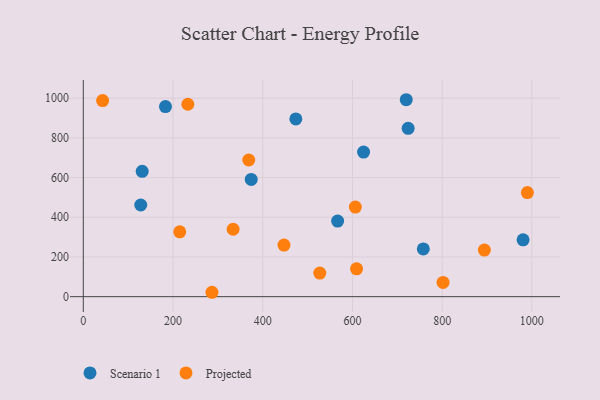
{"axis": {"x": "Ad Spend", "y": "Yield"}, "legend": ["Projected", "Scenario 1"], "data": [{"x": "724.2", "y": 848.2, "type": "Scenario 1"}, {"x": "758.0", "y": 240.4, "type": "Scenario 1"}, {"x": "624.8", "y": 728.2, "type": "Scenario 1"}, {"x": "980.4", "y": 286.2, "type": "Scenario 1"}, {"x": "128.1", "y": 461.7, "type": "Scenario 1"}, {"x": "183.2", "y": 957.6, "type": "Scenario 1"}, {"x": "719.9", "y": 992.1, "type": "Scenario 1"}, {"x": "374.4", "y": 590.5, "type": "Scenario 1"}, {"x": "473.8", "y": 895.5, "type": "Scenario 1"}, {"x": "131.3", "y": 631.3, "type": "Scenario 1"}, {"x": "567.0", "y": 380.8, "type": "Scenario 1"}, {"x": "802.0", "y": 71.6, "type": "Projected"}, {"x": "233.1", "y": 969.3, "type": "Projected"}, {"x": "894.2", "y": 234.6, "type": "Projected"}, {"x": "447.4", "y": 260.0, "type": "Projected"}, {"x": "990.0", "y": 524.3, "type": "Projected"}, {"x": "43.1", "y": 987.7, "type": "Projected"}, {"x": "609.2", "y": 140.4, "type": "Projected"}, {"x": "334.0", "y": 339.7, "type": "Projected"}, {"x": "286.8", "y": 22.1, "type": "Projected"}, {"x": "527.2", "y": 118.9, "type": "Projected"}, {"x": "606.5", "y": 451.5, "type": "Projected"}, {"x": "215.0", "y": 326.6, "type": "Projected"}, {"x": "368.9", "y": 688.4, "type": "Projected"}]}